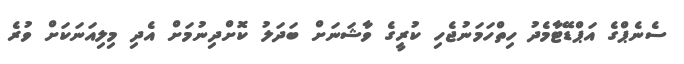
ސެނެޕްގެ އަޕްޑޭޓާމެދު ހިތްހަމަނުޖެހި ކުރީގެ ވާޝަނަށް ބަދަލު ކޮށްދިނުމަށް އެދި މިލިއަނަކަށް ވުރެ